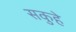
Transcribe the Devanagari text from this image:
सकुहे